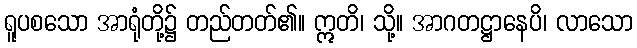
ရူပစသော အာရုံတို့၌ တည်တတ်၏။ ဣတိ၊ သို့။ အာဂတဋ္ဌာနေပိ၊ လာသော